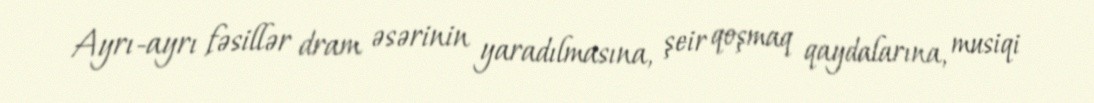
Ayrı-ayrı fəsillər dram əsərinin yaradılmasına, şeir qoşmaq qaydalarına, musiqi